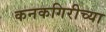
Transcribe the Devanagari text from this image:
कनकगिरीच्या